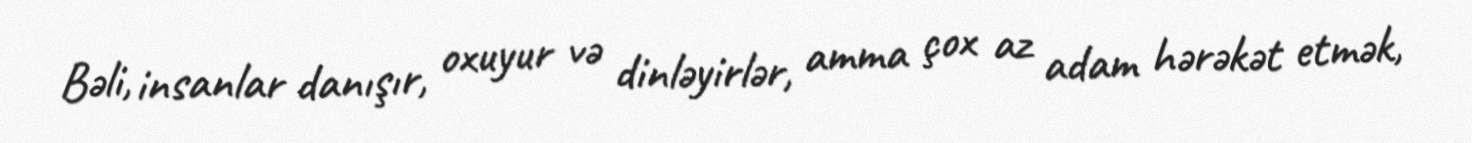
Bəli, insanlar danışır, oxuyur və dinləyirlər, amma çox az adam hərəkət etmək,